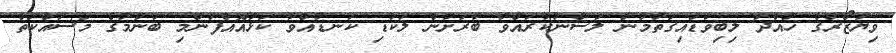
ވިޔަޒޯރުގެ ހުއްދަ ލިބިވަޑައިގަތުމުން ލަސްނުކުރައްވާ ބާރަށުން ލަކުޑި ކަނޑުއްވާ ކަޅުއޮއްފުންމި ބަނުމުގެ މަސައްކަތް